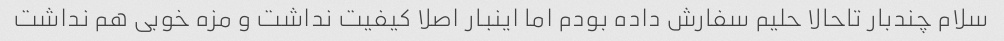
سلام چندبار تاحالا حلیم سفارش داده بودم اما اینبار اصلا کیفیت نداشت و مزه خوبی هم نداشت